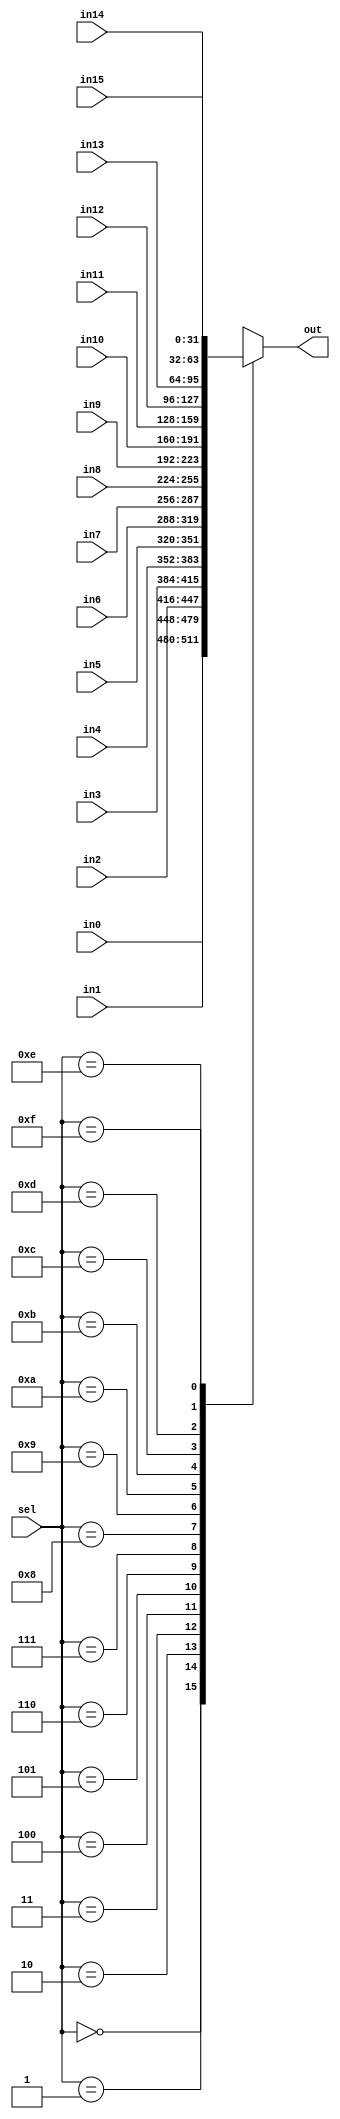
`timescale 1ns / 1ps
//////////////////////////////////////////////////////////////////////////////////
// Company: 
// Engineer: 
// 
// Design Name: 
// Module Name: mux16x1
// Project Name: 
// Target Devices: 
// Tool Versions: 
// Description: 
// 
// Dependencies: 
// 
// Revision:
// Revision 0.01 - File Created
// Additional Comments:
// 
//////////////////////////////////////////////////////////////////////////////////


module  mux16x1 #(parameter n =  32)(
        input [n-1:0] in0, in1, in2, in3, in4, in5, in6, in7, in8, in9, in10, in11, in12, in13, in14, in15,
        input  [3:0] sel,
        output reg [n-1:0] out
    );
        
    always @ (*)
    begin
        case(sel)
            4'b0000 : out = in0;
            4'b0001 : out = in1;
            4'b0010 : out = in2;
            4'b0011 : out = in3;
            4'b0100 : out = in4;
            4'b0101 : out = in5;
            4'b0110 : out = in6;
            4'b0111 : out = in7;
            4'b1000 : out = in8;
            4'b1001 : out = in9;
            4'b1010 : out = in10;
            4'b1011 : out = in11;
            4'b1100 : out = in12;
            4'b1101 : out = in13;
            4'b1110 : out = in14;
            4'b1111 : out = in15;
        endcase
    end
        
endmodule